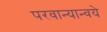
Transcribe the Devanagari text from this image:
परवान्यान्वये